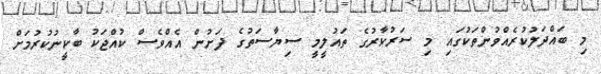
މި ބައްދަލުކުރެއްވުންތަކުގައި މި ސަރުކާރުގެ ތައުލީމީ ސިޔާސަތުގެ ދަށުން އެއްވެސް ކުއްޖަކު ބާކީނުކުރުމަށް